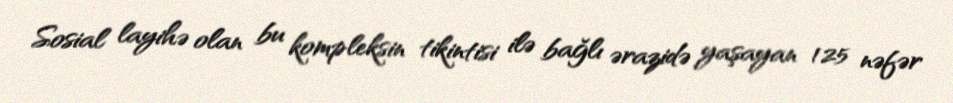
Sosial layihə olan bu kompleksin tikintisi ilə bağlı ərazidə yaşayan 125 nəfər